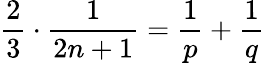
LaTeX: {\frac{2}{3}}\cdot{\frac{1}{2n+1}}={\frac{1}{p}}+{\frac{1}{q}}